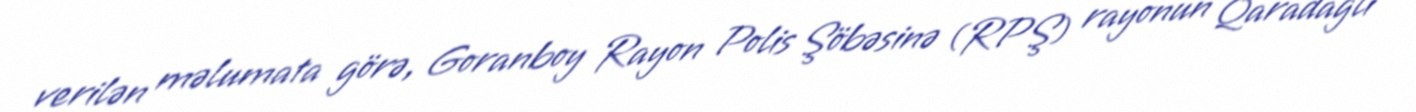
verilən məlumata görə, Goranboy Rayon Polis Şöbəsinə (RPŞ) rayonun Qaradağlı